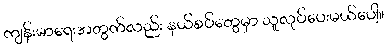
ကျန်းမာရေးအတွက်လည်း နယ်စပ်တွေမှာ သူလုပ်ပေးမယ်ပေါ့။